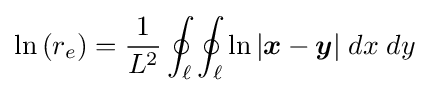
\ln \left(r_{e}\right)={1 \over L^{2}}\oint _{\ell }\oint _{\ell }\ln \vert {\boldsymbol {x}}-{\boldsymbol {y}}\vert \;dx\;dy